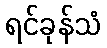
ရင်ခုန်သံ